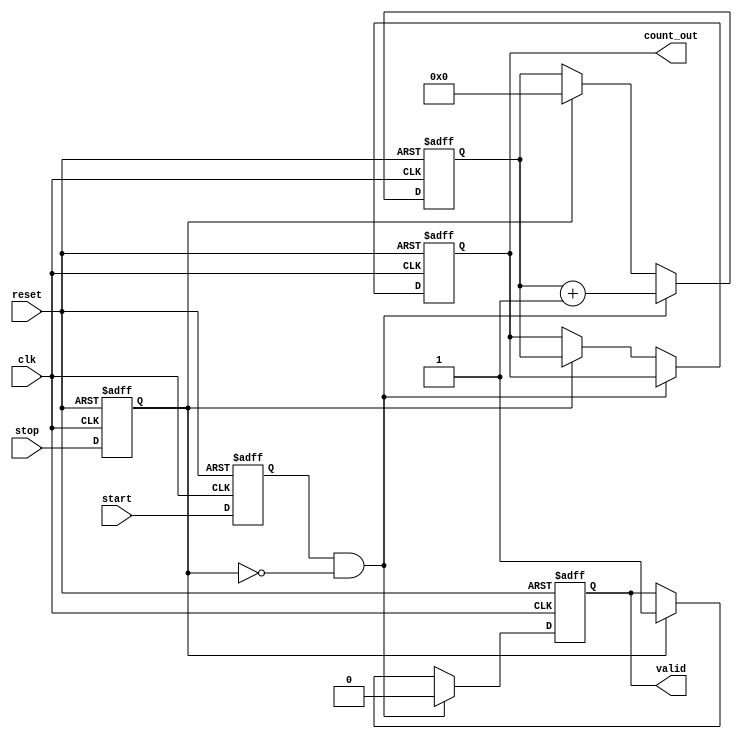
module TDC (
    input wire clk,              // High-frequency clock
    input wire reset,            // Reset signal
    input wire start,            // Start signal
    input wire stop,             // Stop signal
    output reg [15:0] count_out, // Output count value
    output reg valid             // Indicates valid measurement
);

    parameter N = 16;            // Number of delay stages
    parameter DELAY_STEP = 1;    // Delay per stage (in clock cycles)

    reg [N-1:0] delay_line;      // Delay line
    reg [15:0] counter;           // Counter for clock cycles
    reg start_detected;           // Flag for start detection
    reg stop_detected;            // Flag for stop detection

    // Delay line implementation
    always @(posedge clk or posedge reset) begin
        if (reset) begin
            delay_line <= 0;
        end else begin
            delay_line <= {delay_line[N-2:0], start_detected};
        end
    end

    // Edge detection for start and stop signals
    always @(posedge clk or posedge reset) begin
        if (reset) begin
            start_detected <= 0;
            stop_detected <= 0;
        end else begin
            start_detected <= start; // Capture start signal
            stop_detected <= stop;   // Capture stop signal
        end
    end

    // Counter logic
    always @(posedge clk or posedge reset) begin
        if (reset) begin
            counter <= 0;
            count_out <= 0;
            valid <= 0;
        end else if (start_detected && !stop_detected) begin
            counter <= counter + 1; // Increment counter on clock cycles
            valid <= 0;             // Not valid until stop is detected
        end else if (stop_detected) begin
            count_out <= counter;   // Store counter value
            valid <= 1;             // Measurement is valid
            counter <= 0;           // Reset counter for next measurement
        end
    end

endmodule